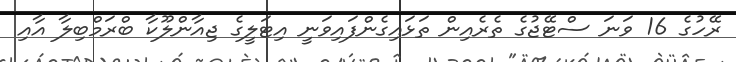
ރޭހުގެ 16 ވަނަ ސްޓޭޖުގެ ތެރެއިން ތަޅައިގެންފައިވަނީ އިޓަލީގެ ޖިއާންލޫކާ ބްރަމްބިލާ އާއި